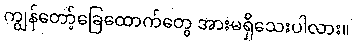
ကျွန်တော့်ခြေထောက်တွေ အားမရှိသေးပါလား။